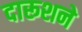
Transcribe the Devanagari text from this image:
दारूशने